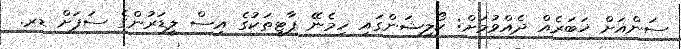
ސަންއަށް ޚަބަރެއް ދެއްވުމަށް: ކޯލިޝަންގައި ހިމެނޭ ޕާޓީތަކުގެ އިސް ލީޑަރުންގެ ސަފަށް ޑރ.